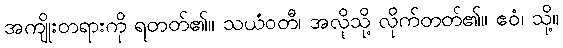
အကျိုးတရားကို ရတတ်၏။ သယံဝတီ၊ အလိုသို့ လိုက်တတ်၏။ ဧဝံ၊ သို့။